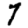
Digit: 7